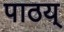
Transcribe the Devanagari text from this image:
पाठय्‌